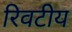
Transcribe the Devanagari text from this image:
रिवटीय